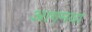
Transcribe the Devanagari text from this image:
आगमया